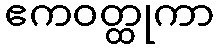
ဧကဝတ္ထုကာ